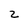
Character: z